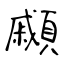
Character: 顣